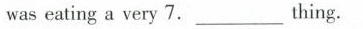
was eating a very 7.___ thing.